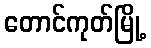
တောင်ကုတ်မြို့